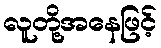
လူတို့အနေဖြင့်